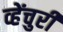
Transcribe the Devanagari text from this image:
व्हेंचुरी